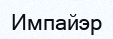
Импайэр